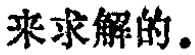
来求解的。